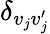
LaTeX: \delta_{v_{j}v_{j}^{\prime}}